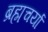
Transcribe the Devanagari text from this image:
ब्रह्मचर्या